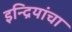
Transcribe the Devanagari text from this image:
इन्द्रियांचा